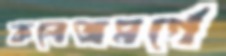
কলেজমর্গে